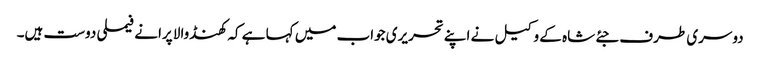
دوسری طرف جئے شاہ کے وکیل نے اپنے تحریری جواب میں کہا ہے کہ کھنڈوالا پرانے فیملی دوست ہیں۔